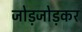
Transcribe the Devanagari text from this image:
जोड़जोड़कर